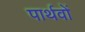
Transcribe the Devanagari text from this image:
पार्थवों